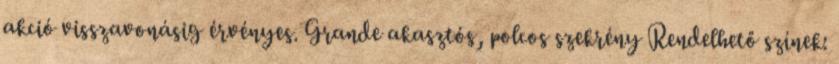
akció visszavonásig érvényes. Grande akasztós, polcos szekrény Rendelhető színek: